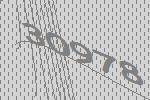
30978